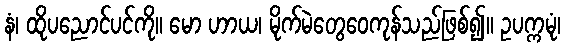
နံ၊ ထိုပညောင်ပင်ကို။ မော ဟာယ၊ မိုက်မဲတွေဝေကုန်သည်ဖြစ်၍။ ဥပက္ကမုံ၊